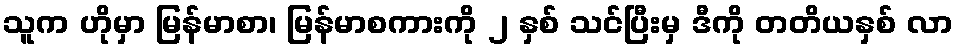
သူက ဟိုမှာ မြန်မာစာ၊ မြန်မာစကားကို ၂ နှစ် သင်ပြီးမှ ဒီကို တတိယနှစ် လာ